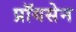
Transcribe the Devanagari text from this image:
प्रॉयसेन